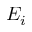
E _ { i }